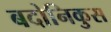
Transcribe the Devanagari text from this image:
बदोनिकुस